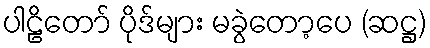
ပါဠိတော် ပိုဒ်များ မခွဲတော့ပေ (ဆဋ္ဌ)